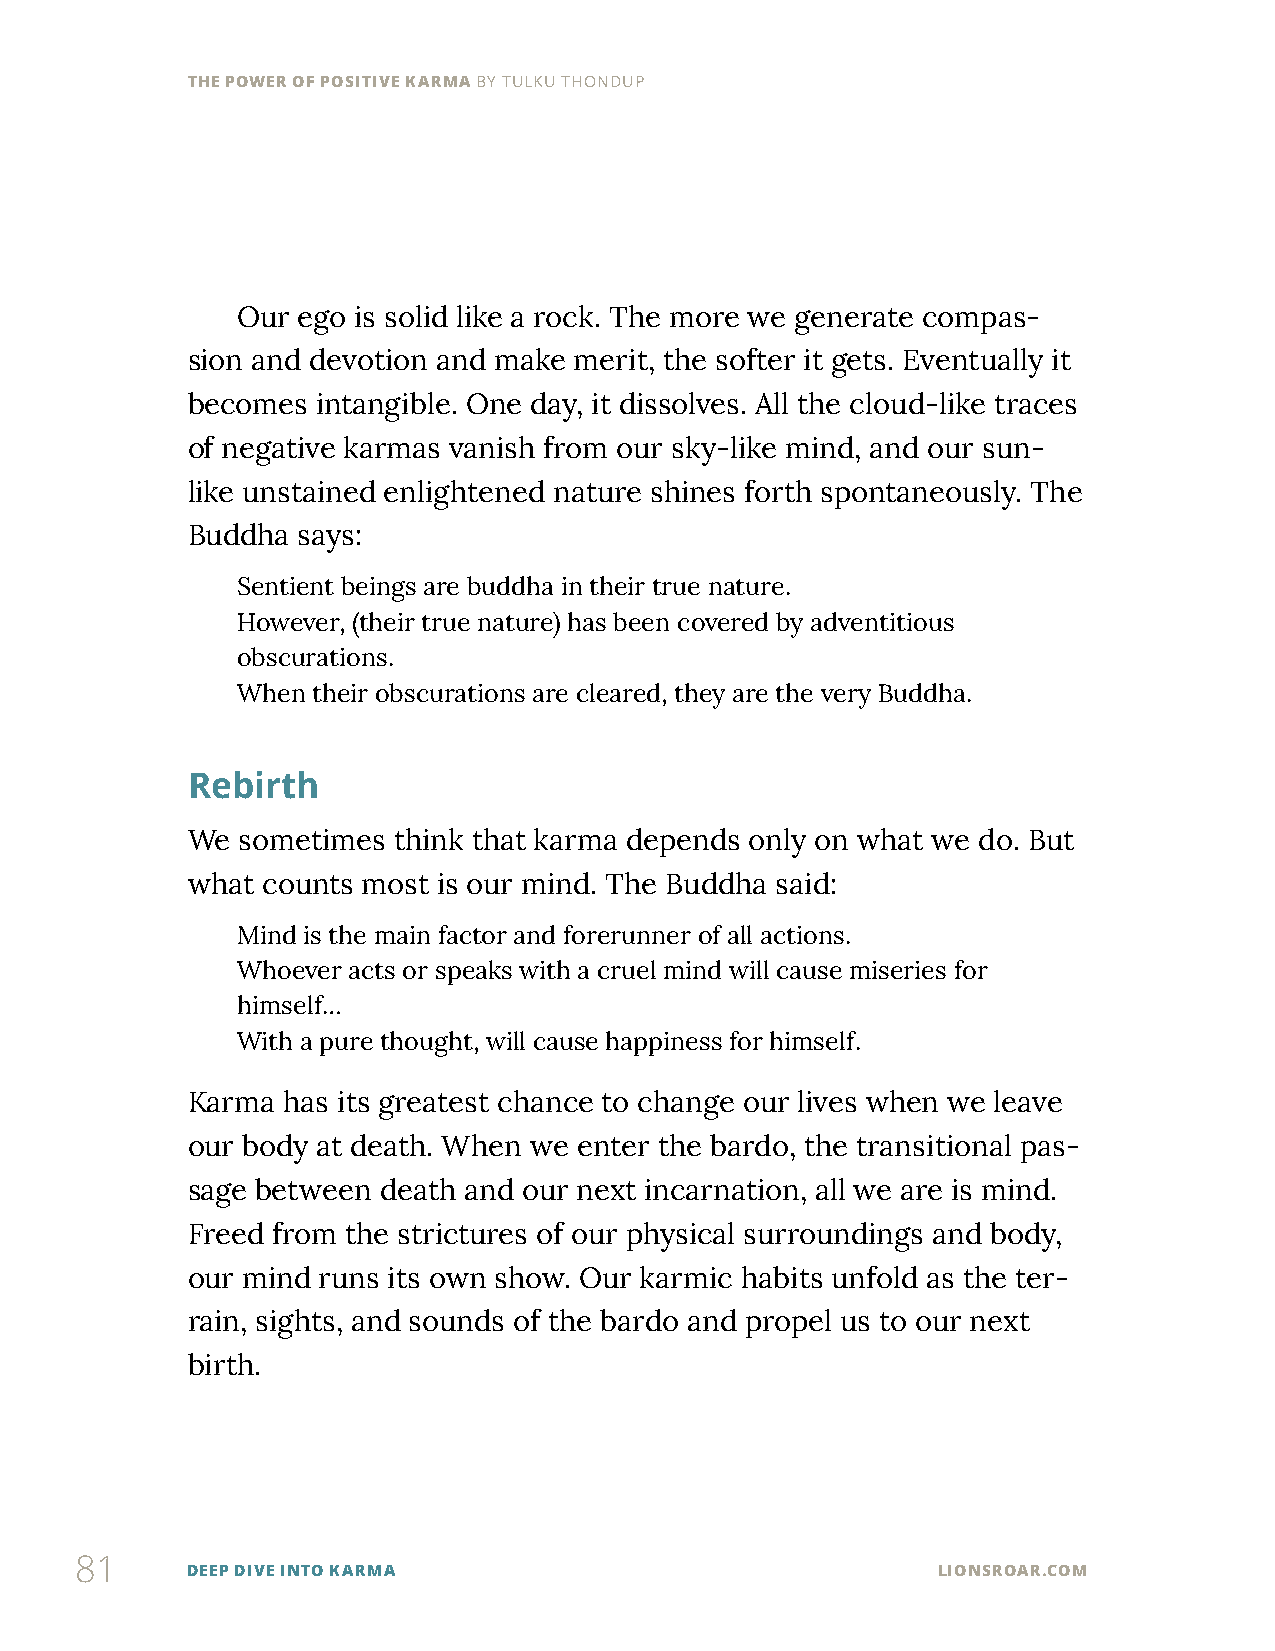
THE POWER OF POSITIVE KARMA BY TULKU THONDUP
 Our ego is solid like a rock. The more we generate compas-
 sion and devotion and make merit, the softer it gets. Eventually it
 becomes  intangible. One day, it dissolves. All the cloud-like traces
 of negative karmas vanish from our sky-like mind, and our sun-
 like unstained enlightened nature shines forth spontaneously. The
 Buddha  says:
 Sentient beings are buddha in their true nature.
 However, (their true nature) has been covered by adventitious
 obscurations.
 When their obscurations are cleared, they are the very Buddha.
 Rebirth
 We  sometimes think that karma depends only on what we do. But
 what counts most is our mind. The Buddha said:
 Mind is the main factor and forerunner of all actions.
 Whoever acts or speaks with a cruel mind will cause miseries for
 himself…
 With a pure thought, will cause happiness for himself.
 Karma  has its greatest chance to change our lives when we leave
 our body at death. When we enter the bardo, the transitional pas-
 sage between death and our next incarnation, all we are is mind.
 Freed from the strictures of our physical surroundings and body,
 our mind runs its own show. Our karmic habits unfold as the ter-
 rain, sights, and sounds of the bardo and propel us to our next
 birth.
 81
 DEEP DIVE INTO KARMA                              LIONSROAR.COM